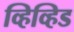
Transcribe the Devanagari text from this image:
व्हिव्हिड